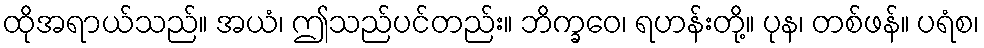
ထိုအရာယ်သည်။ အယံ၊ ဤသည်ပင်တည်း။ ဘိက္ခဝေ၊ ရဟန်းတို့။ ပုန၊ တစ်ဖန်။ ပရံစ၊